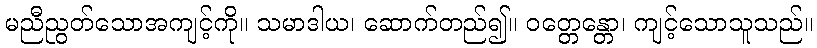
မညီညွတ်သောအကျင့်ကို။ သမာဒါယ၊ ဆောက်တည်၍။ ဝတ္တေန္တော၊ ကျင့်သောသူသည်။